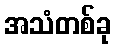
အသံတစ်ခု